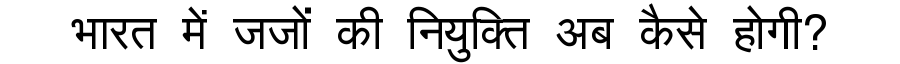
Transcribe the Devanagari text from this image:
भारत में जजों की नियुक्ति अब कैसे होगी?